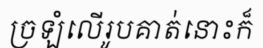
ច្រឡំលើរូបគាត់នោះក៏